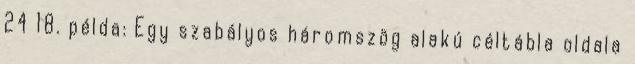
24 18. példa: Egy szabályos háromszög alakú céltábla oldala